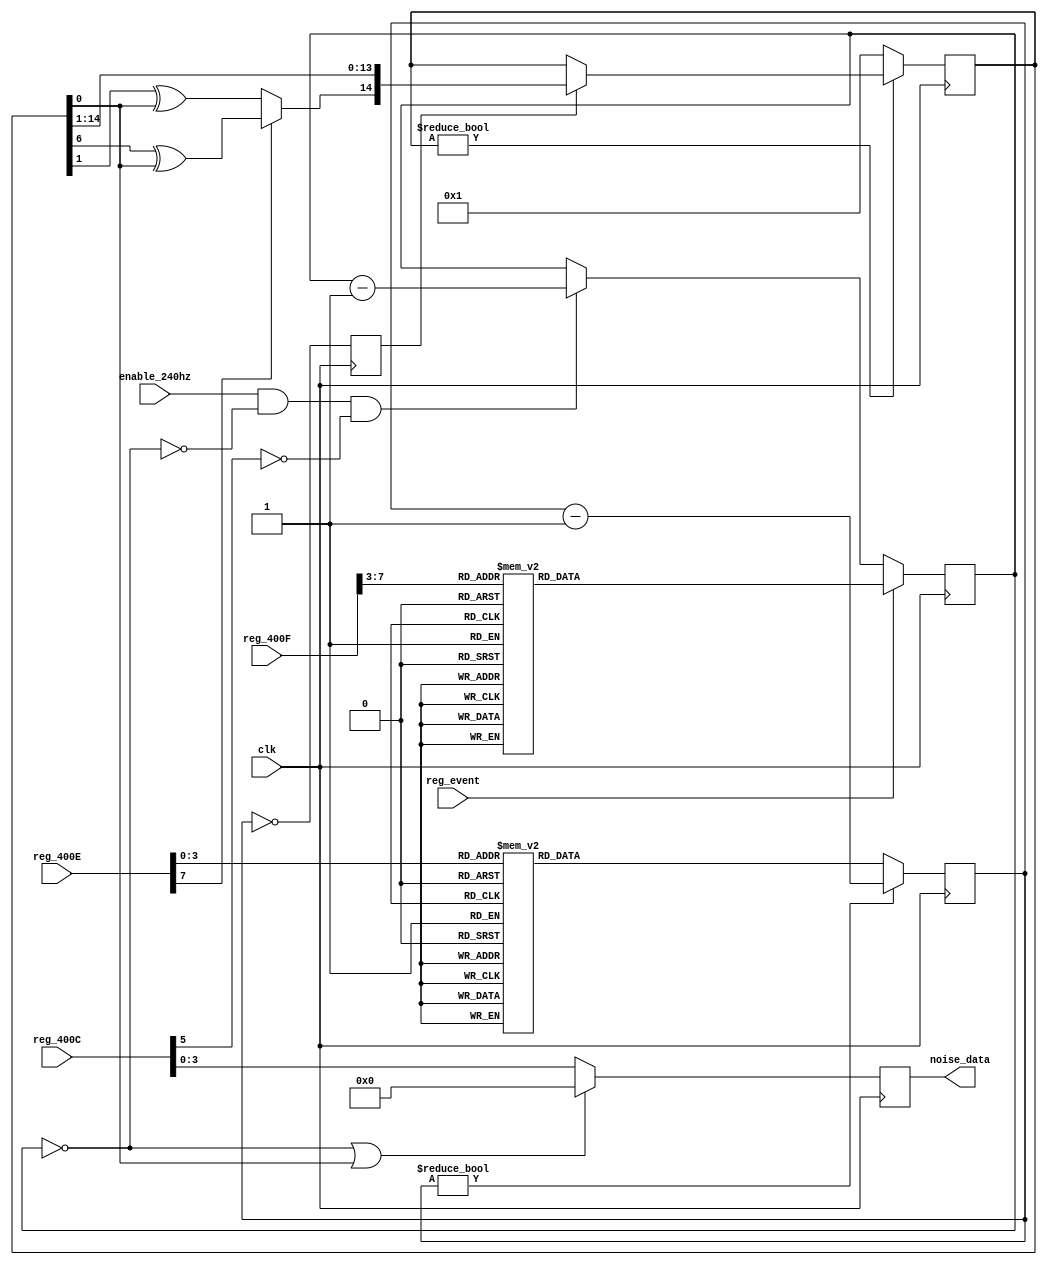
// Title:   Noise pulse generator
// URL:     https://github.com/wallieeverest/tt04
// License: Apache 2.0
//
// Description: (from apu_ref.txt and nesdev.org)
// -------------
// Noise Channel
// -------------
// The shift register is clocked by the timer and the vacated bit 14 is filled
// with the exclusive-OR of *pre-shifted* bits 0 and 1 (mode = 0) or bits 0 and 6
// (mode = 1), resulting in 32767-bit and 93-bit sequences, respectively.
//
// On power-up, the shift register is loaded with the value 1.
//
//    Timer --> Shift Register   Length Counter
//                    |                |
//                    v                v
// Envelope -------> Gate ----------> Gate --> (to mixer)

`default_nettype none

module noise (
  input wire       clk,
  input wire       enable_240hz,
  input wire [7:0] reg_400C,
  input wire [7:0] reg_400E,
  input wire [7:0] reg_400F,
  input wire       reg_event,
  output reg [3:0] noise_data
);

  // Input assignments
  wire [ 3:0] envelope         = reg_400C[3:0];
  // wire        constant_volume  = reg_400C[4];  // DEBUG
  wire        length_halt      = reg_400C[5];
  wire [ 3:0] timer_select     = reg_400E[3:0];
  wire        mode_flag        = reg_400E[7];
  wire [ 4:0] length_select    = reg_400F[7:3];

  reg [ 7:0] length_counter;
  reg [11:0] timer;
  reg [11:0] timer_preset;
  reg [14:0] shift_register;
  reg        timer_event;
  reg [ 7:0] length_preset;

  wire length_count_zero = ( length_counter == 0 );
  wire feedback = mode_flag ? shift_register[6] ^ shift_register[0]
                            : shift_register[1] ^ shift_register[0];

  // Linear Feedback Shift Register
  always @( posedge clk ) begin : noise_lfsr
    if ( shift_register != 0 ) begin // ensure register is initialized
      if ( timer_event )
        shift_register <= {feedback, shift_register[14:1]};  // right shift with feedback
    end else begin
      shift_register <= 1;
    end
  end

  // Length counter
  always @( posedge clk ) begin : noise_length_counter
    if ( reg_event )
      length_counter <= length_preset;
    else if ( enable_240hz && !length_count_zero && !length_halt )
      length_counter <= length_counter - 1;
  end

  always @* begin : noise_length_lookup
    case ( length_select )
       0: length_preset = 8'h0A;
       1: length_preset = 8'hFE;
       2: length_preset = 8'h14;
       3: length_preset = 8'h02;
       4: length_preset = 8'h28;
       5: length_preset = 8'h04;
       6: length_preset = 8'h50;
       7: length_preset = 8'h06;
       8: length_preset = 8'hA0;
       9: length_preset = 8'h08;
      10: length_preset = 8'h3C;
      11: length_preset = 8'h0A;
      12: length_preset = 8'h0E;
      13: length_preset = 8'h0C;
      14: length_preset = 8'h1A;
      15: length_preset = 8'h0E;
      16: length_preset = 8'h0C;
      17: length_preset = 8'h10;
      18: length_preset = 8'h18;
      19: length_preset = 8'h12;
      20: length_preset = 8'h30;
      21: length_preset = 8'h14;
      22: length_preset = 8'h60;
      23: length_preset = 8'h16;
      24: length_preset = 8'hC0;
      25: length_preset = 8'h18;
      26: length_preset = 8'h48;
      27: length_preset = 8'h1A;
      28: length_preset = 8'h10;
      29: length_preset = 8'h1C;
      30: length_preset = 8'h20;
      31: length_preset = 8'h1E;
    endcase
  end

  // Timer, ticks at 1.79 MHz
  always @( posedge clk ) begin : triangle_timer
    timer_event <= ( timer == 0 );

    if ( timer != 0 )
      timer <= timer - 1;
    else
      timer <= timer_preset;
  end

  always @* begin : noise_timer_lookup
    case ( timer_select )
      0:  timer_preset = 12'h004;
      1:  timer_preset = 12'h008;
      2:  timer_preset = 12'h010;
      3:  timer_preset = 12'h020;
      4:  timer_preset = 12'h040;
      5:  timer_preset = 12'h060;
      6:  timer_preset = 12'h080;
      7:  timer_preset = 12'h0A0;
      8:  timer_preset = 12'h0CA;
      9:  timer_preset = 12'h0FE;
      10: timer_preset = 12'h17C;
      11: timer_preset = 12'h1FC;
      12: timer_preset = 12'h2FA;
      13: timer_preset = 12'h3F8;
      14: timer_preset = 12'h7F2;
      15: timer_preset = 12'hFE4;
    endcase
  end

  // Envelope
  always @( posedge clk ) begin : noise_envelope
    if ( length_count_zero || shift_register[0] )
      noise_data <= 0;
    else
      noise_data <= envelope;  // volume
  end

endmodule